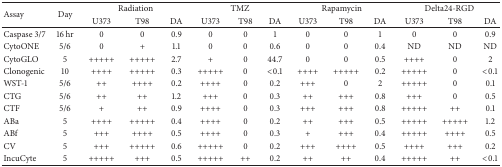
<table><thead><tr><td rowspan="2"><b>Assay</b></td><td rowspan="2"><b>Day</b></td><td colspan="3"><b>Radiation</b></td><td colspan="3"><b>TMZ</b></td><td colspan="3"><b>Rapamycin</b></td><td colspan="3"><b>Delta24-RGD</b></td></tr><tr><td><b>U373</b></td><td><b>T98</b></td><td><b>DA</b></td><td><b>U373</b></td><td><b>T98</b></td><td><b>DA</b></td><td><b>U373</b></td><td><b>T98</b></td><td><b>DA</b></td><td><b>U373</b></td><td><b>T98</b></td><td><b>DA</b></td></tr></thead><tbody><tr><td>Caspase 3/7</td><td>16 hr</td><td>0</td><td>0</td><td>0.9</td><td>0</td><td>0</td><td>1</td><td>0</td><td>0</td><td>1</td><td>0</td><td>0</td><td>0.9</td></tr><tr><td>CytoONE</td><td>5/6</td><td>0</td><td>+</td><td>1.1</td><td>0</td><td>0</td><td>0.6</td><td>0</td><td>0</td><td>0.4</td><td>ND</td><td>ND</td><td>ND</td></tr><tr><td>CytoGLO</td><td>5</td><td>+++++</td><td>+++++</td><td>2.7</td><td>+</td><td>0</td><td>44.7</td><td>0</td><td>0</td><td> 0.5</td><td>++++</td><td>0</td><td>2</td></tr><tr><td>Clonogenic</td><td>10</td><td>++++</td><td>+++++</td><td>0.3</td><td>+++++</td><td>0</td><td>&lt;0.1</td><td>++++</td><td>+++++</td><td>0.2</td><td>+++++</td><td>0</td><td>&lt;0.1</td></tr><tr><td>WST-1</td><td>5/6</td><td>++</td><td>++++</td><td>0.2</td><td>++++</td><td>0</td><td>0.2</td><td>+++</td><td>0</td><td>2</td><td>+++++</td><td>0</td><td>0.1</td></tr><tr><td>CTG</td><td>5/6</td><td>++</td><td>++</td><td>1.2</td><td>+++</td><td>0</td><td>0.3</td><td>++</td><td>+++</td><td>0.8</td><td>+++</td><td>0</td><td>0.5</td></tr><tr><td>CTF</td><td>5/6</td><td>+</td><td>++</td><td>0.9</td><td>++++</td><td>0</td><td>0.3</td><td>+++</td><td>+++</td><td>0.8</td><td>+++++</td><td>++</td><td>0.1</td></tr><tr><td>ABa</td><td>5</td><td>++++</td><td>+++++</td><td>0.4</td><td>++++</td><td>0</td><td>0.2</td><td>++</td><td>+++</td><td>0.5</td><td>+++++</td><td>+++++</td><td>1.2</td></tr><tr><td>ABf</td><td>5</td><td>+++</td><td>++++</td><td>0.5</td><td>++++</td><td>0</td><td>0.3</td><td>+</td><td>+++</td><td>0.4</td><td>+++++</td><td>++++</td><td>0.5</td></tr><tr><td>CV</td><td>5</td><td>+++</td><td>+++++</td><td>0.6</td><td>+++++</td><td>0</td><td>0.2</td><td>+++</td><td>++++</td><td>0.5</td><td>++++</td><td>+++</td><td>0.2</td></tr><tr><td>IncuCyte</td><td>5</td><td>+++++</td><td>+++</td><td>0.5</td><td>+++++</td><td>++</td><td>0.2</td><td>++</td><td>++</td><td>0.4</td><td>+++++</td><td>++</td><td>&lt;0.1</td></tr></tbody></table>